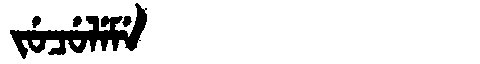
Manchu: ᠵᡠᠴᡠᠯᡝᠮᡝ
Romanization: JUCULEME